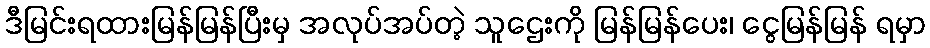
ဒီမြင်းရထားမြန်မြန်ပြီးမှ အလုပ်အပ်တဲ့ သူဌေးကို မြန်မြန်ပေး၊ ငွေမြန်မြန် ရမှာ